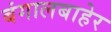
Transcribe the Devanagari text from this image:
बंगालबाहेर